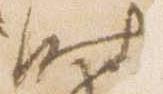
時